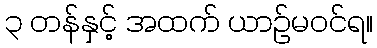
၃ တန်နှင့် အထက် ယာဉ်မဝင်ရ။